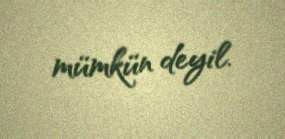
mümkün deyil.